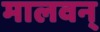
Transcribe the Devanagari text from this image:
मालवन्